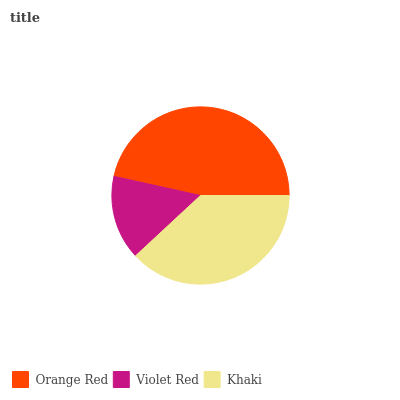
| Orange Red | Violet Red | Khaki |
 | --- | --- | --- |
 | 46.5% | 15.4% | 38.1% |